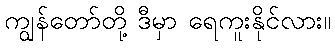
ကျွန်တော်တို့ ဒီမှာ ရေကူးနိုင်လား။